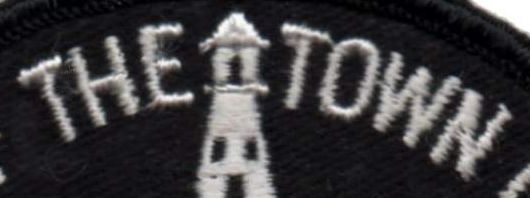
THE TOWN